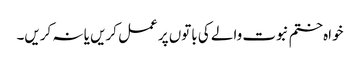
خواہ ختم نبوت والے کی باتوں پر عمل کریں یا نہ کریں۔